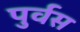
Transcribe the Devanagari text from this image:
पुर्वस